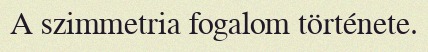
A szimmetria fogalom története.